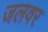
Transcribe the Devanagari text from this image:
जलवर